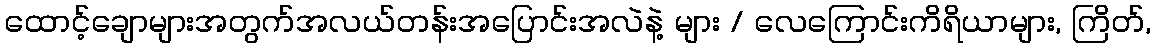
ထောင့်ချောများအတွက်အလယ်တန်းအပြောင်းအလဲနဲ့ များ / လေကြောင်းကိရိယာများ, ကြိတ်,